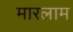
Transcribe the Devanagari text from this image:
मारलाम